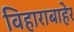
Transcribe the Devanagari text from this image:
विहाराबाहेर